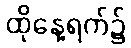
ထိုနေ့ရက်၌